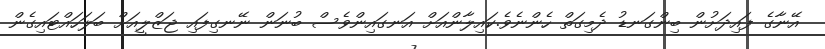
އޭނާގެ ފައިދަށުން ބިންގަނޑު ދެމިގަތް ހެންނެވެ.ކައިލާންއަށް އަނގައިންވެސް ބުނަން ނޭނގިފައި ޖަޒްލީއަށް ބަލަހައްޓައިގެން